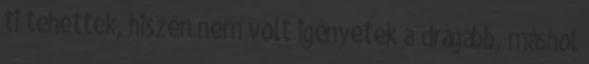
ti tehettek, hiszen nem volt igényetek a drágább, máshol